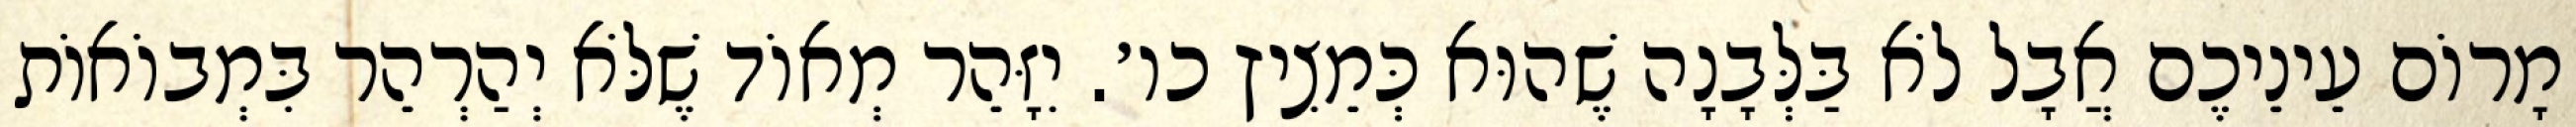
מָרוֹם עֵינֵיכֶם אֲבָל לֹא בַּלְּבָנָה שֶׁהוּא כְּמֵצִיץ כו׳. יִזָּהֵר מְאוֹד שֶׁלֹּא יְהַרְהֵר בִּמְבוֹאוֹת